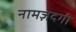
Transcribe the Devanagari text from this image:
नामज़दगी